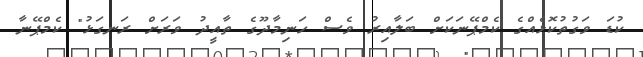
ކުޑަ ވަގުތުކޮޅެއްގެ ކެމްޕޭނަކަށް ބަލާއިރު ވެސް ހަނިމާދޫގެ ތާއީދު ވަރަށް ރަނގަޅު" ކެމްޕޭނާ